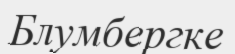
Блумбергке